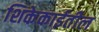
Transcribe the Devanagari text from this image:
शिकेकाईतील